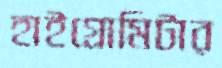
হাইগ্রোমিটার